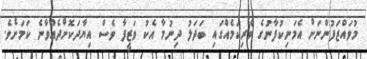
މުވައްޒަފުންނަށް އެމަނިކުފާނުގެ ވެރިކަމެއްގައި ބަދަލު ދިނުމާ އެކު ވަޒީފާ ވެސް އިޔާދަކޮށްދެއްވާނެ ކަމަށެވެ.